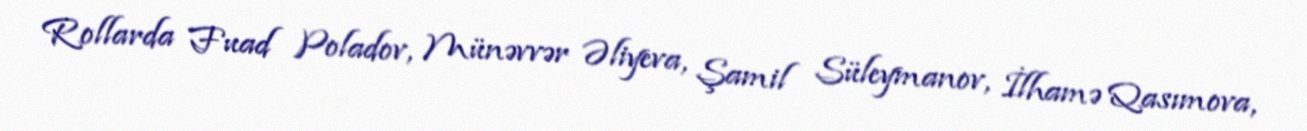
Rollarda Fuad Poladov, Münəvvər Əliyeva, Şamil Süleymanov, İlhamə Qasımova,